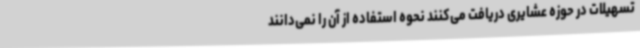
تسهیلات در حوزه عشایری دریافت می‌کنند نحوه استفاده از آن را نمی‌دانند